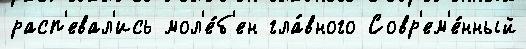
расп'евал'ись мол'е́б'ен гла́вного Совр'ем'е́нный